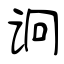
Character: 诇